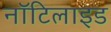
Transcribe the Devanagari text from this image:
नॉटिलाइड